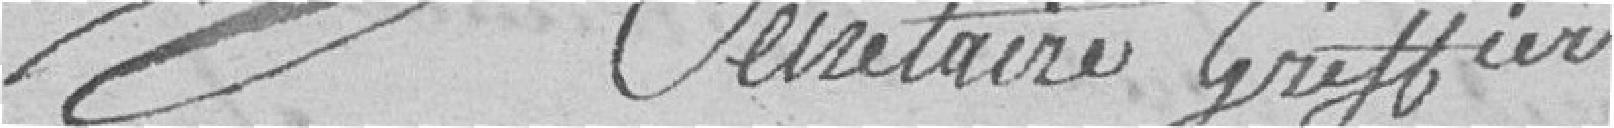
Secrétaire greffier